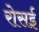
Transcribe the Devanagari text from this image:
रोसई